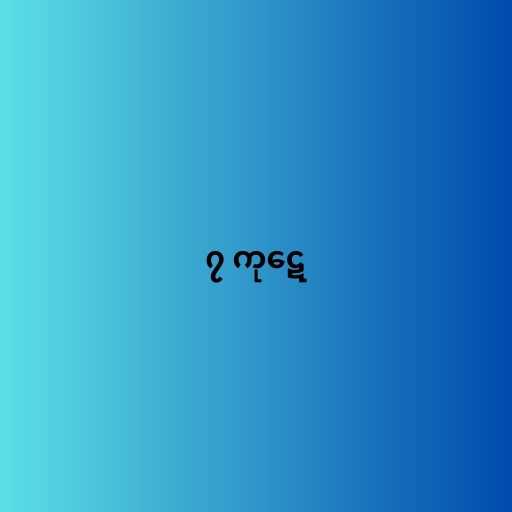
၇ ကုဋေ